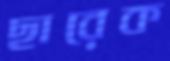
ছারেক